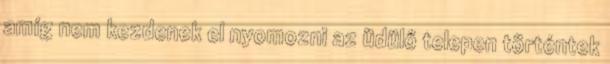
amíg nem kezdenek el nyomozni az üdülő telepen történtek